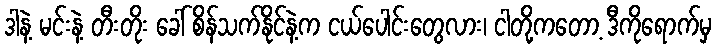
ဒါနဲ့ မင်းနဲ့ တီးတိုး ခေါ် စိန်သက်နိုင်နဲ့က ငယ်ပေါင်းတွေလား၊ ငါတို့ကတော့ ဒီကိုရောက်မှ